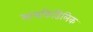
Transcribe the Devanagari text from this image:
सायकिडिलिक